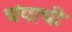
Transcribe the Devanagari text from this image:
चंपाची